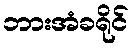
ဘားအံခရိုင်